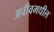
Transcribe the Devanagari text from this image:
अवीवमधील